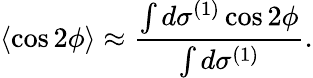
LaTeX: \langle\cos 2\phi\rangle\approx\frac{\int d\sigma^{(1)}\cos 2\phi}{\int d\sigma^{(1)}}.